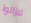
لازالوا